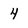
Character: 4